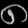
Digit: ၈